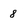
Character: 8